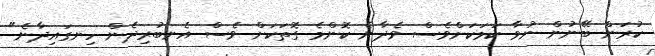
ކުރަން ބޭނުން ނުވާ ކަމަކަށްވެސް ވެދާނެ ކޮންމެ ގޮތަކަށް ވެސް އެނބުރިދެން ހިނގައިދާނެ"